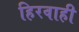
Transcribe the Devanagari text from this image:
हिरवाही